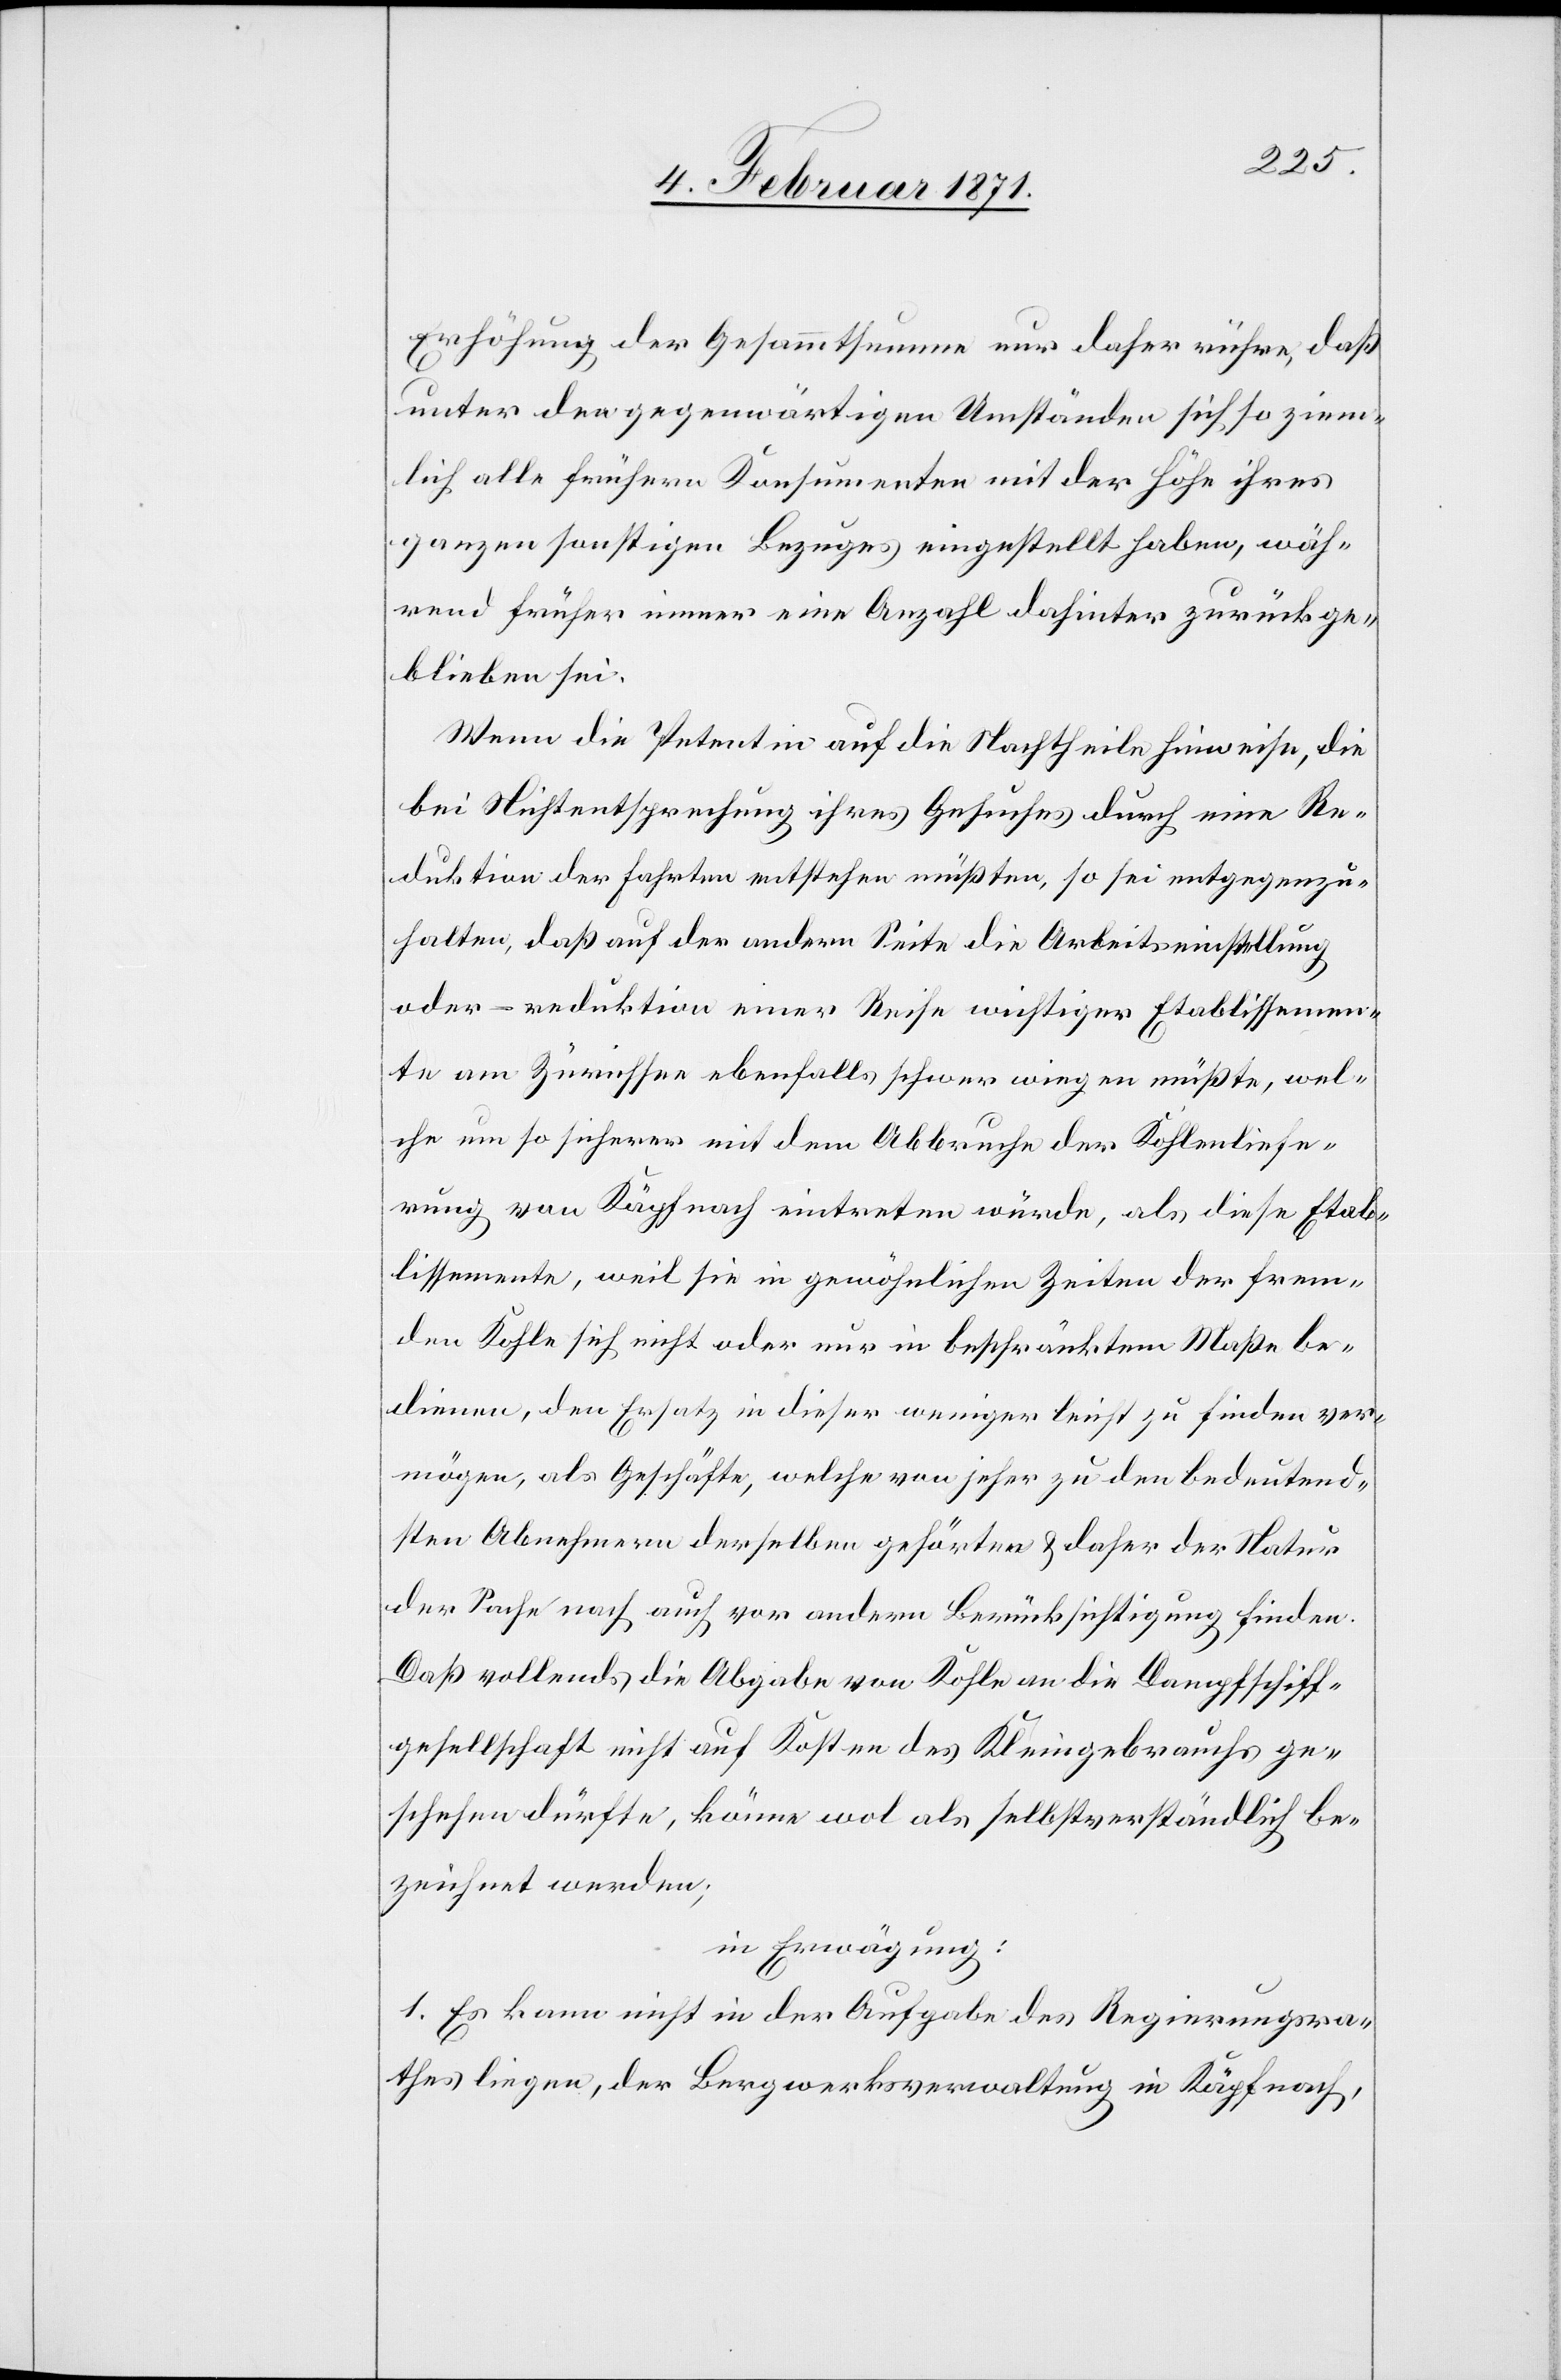
Erhöhung der Gesammtsumme nur daher rühre, daß
unter den gegenwärtigen Umständen sich so ziem¬
lich alle frühern Konsumenten mit der Höhe ihres
ganzen sonstigen Bezuges eingestellt haben, wäh¬
rend früher immer eine Anzahl dahinter zurückge¬
blieben sei.
Wenn die Petentin auf die Nachtheile hinweise, die
bei Nichtentsprechung ihres Gesuches durch eine Re¬
duktion der Fahrten entstehen müßten, so sei entgegenzu¬
halten, daß auf der andern Seite die Arbeitseinstellung
oder – reduktion einer Reihe wichtiger Etablissemen¬
te am Zürichsee ebenfalls schwer wiegen müßte, wel¬
che um so sicherer mit dem Abbruche der Kohlenliefe¬
rung von Käpfnach eintreten würde, als diese Etab¬
lissemente, weil sie in gewöhnlichen Zeiten der frem¬
den Kohle sich nicht oder nur in beschränktem Maße be¬
dienen, den Ersatz in dieser weniger leicht zu finden ver¬
mögen, als Geschäfte, welche von jeher zu den bedeutend¬
sten Abnehmern derselben gehörten u. daher der Natur
der Sache nach auch vor andern Berücksichtigung finden.
Daß vollends die Abgabe von Kohle an die Dampfschiff¬
gesellschaft nicht auf Kosten des Kleingebrauchs ge¬
schehen dürfte, könne wohl als selbstverständlich be¬
zeichnet werden,
in Erwägung:
1. Es kann nicht in der Aufgabe des Regierungsra¬
thes liegen, der Bergwerksverwaltung in Käpfnach,